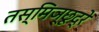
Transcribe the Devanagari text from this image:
तस्मिञ्छूद्रे